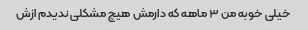
خیلی خوبه من ۳ ماهه که دارمش هیچ مشکلی ندیدم ازش